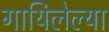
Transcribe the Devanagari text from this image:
गायिलेल्या